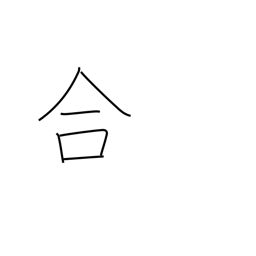
Meaning: suit